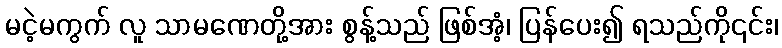
မငဲ့မကွက် လူ သာမဏေတို့အား စွန့်သည် ဖြစ်အံ့၊ ပြန်ပေး၍ ရသည်ကို၎င်း၊